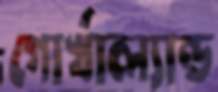
গোর্খাল্যান্ড